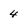
Character: 4